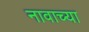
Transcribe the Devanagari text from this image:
नावाच्‍या